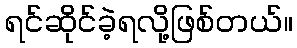
ရင်ဆိုင်ခဲ့ရလို့ဖြစ်တယ်။